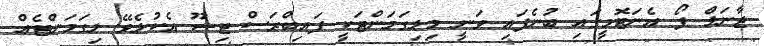
ޖާނަލް ފޯ އެނަޓޮމީގައި ބުނެފައި ވަނީ މިލިގަމަންޓަކީ ފައިބްރަސް ޓިޝޫ އެކުލެވޭ ލިގަމަންޓެއް